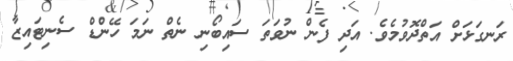
ރަނގަޅަށް އަތްދޮވުމެވެ. އަދި ފެން ނުވަތަ ސައިބޯނި ނެތް ނަމަ ހޭންޑް ސެނިޓައިޒާ